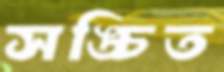
সঙ্চিত